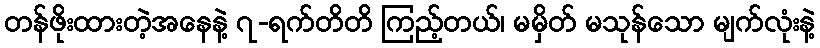
တန်ဖိုးထားတဲ့အနေနဲ့ ၇-ရက်တိတိ ကြည့်တယ်၊ မမှိတ် မသုန်သော မျက်လုံးနဲ့